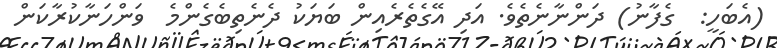
(އެބަހީ:  ގެފާނު) ދަންނާނެތެވެ. އަދި އޭގެތެރެއިން ބަޔަކު ދެނެތިބެގެންމެ  ވަންހަނާކުރާކަން